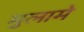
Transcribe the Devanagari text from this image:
मुलामे